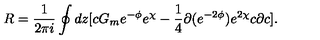
R = \frac { 1 } { 2 \pi i } \oint d z [ c G _ { m } e ^ { - \phi } e ^ { \chi } - \frac { 1 } { 4 } \partial ( e ^ { - 2 \phi } ) e ^ { 2 \chi } c \partial c ] .